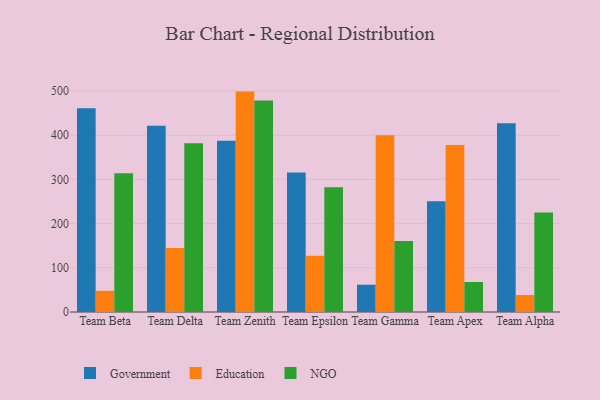
{"axis": {"x": "Team", "y": "Demand Index"}, "legend": ["Education", "Government", "NGO"], "data": [{"x": "Team Beta", "y": 460.8, "type": "Government"}, {"x": "Team Beta", "y": 47.9, "type": "Education"}, {"x": "Team Beta", "y": 314.2, "type": "NGO"}, {"x": "Team Delta", "y": 421.3, "type": "Government"}, {"x": "Team Delta", "y": 144.7, "type": "Education"}, {"x": "Team Delta", "y": 382.0, "type": "NGO"}, {"x": "Team Zenith", "y": 387.3, "type": "Government"}, {"x": "Team Zenith", "y": 498.7, "type": "Education"}, {"x": "Team Zenith", "y": 478.3, "type": "NGO"}, {"x": "Team Epsilon", "y": 315.7, "type": "Government"}, {"x": "Team Epsilon", "y": 127.5, "type": "Education"}, {"x": "Team Epsilon", "y": 282.0, "type": "NGO"}, {"x": "Team Gamma", "y": 61.7, "type": "Government"}, {"x": "Team Gamma", "y": 399.9, "type": "Education"}, {"x": "Team Gamma", "y": 160.6, "type": "NGO"}, {"x": "Team Apex", "y": 250.8, "type": "Government"}, {"x": "Team Apex", "y": 377.6, "type": "Education"}, {"x": "Team Apex", "y": 67.9, "type": "NGO"}, {"x": "Team Alpha", "y": 427.2, "type": "Government"}, {"x": "Team Alpha", "y": 38.5, "type": "Education"}, {"x": "Team Alpha", "y": 224.9, "type": "NGO"}]}